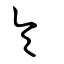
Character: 夨